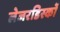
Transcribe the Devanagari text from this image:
लेजरडिस्कों